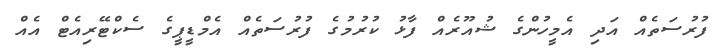
ފުރުސަތެއް އަދި އެމީހުންގެ ޝުއޫރެއް ފާޅު ކުރުމުގެ ފުރުސަތެއް އެމްޑީޕީގެ ސެކްޓޭރިއެޓް އެއް